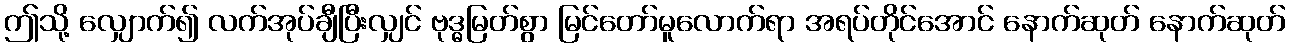
ဤသို့ လျှောက်၍ လက်အုပ်ချီပြီးလျှင် ဗုဒ္ဓမြတ်စွာ မြင်တော်မူလောက်ရာ အရပ်တိုင်အောင် နောက်ဆုတ် နောက်ဆုတ်